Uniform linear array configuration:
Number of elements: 32
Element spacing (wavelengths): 0.25
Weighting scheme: hann
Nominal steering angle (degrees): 60
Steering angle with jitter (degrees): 61.831
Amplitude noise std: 0.05
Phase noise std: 0.05

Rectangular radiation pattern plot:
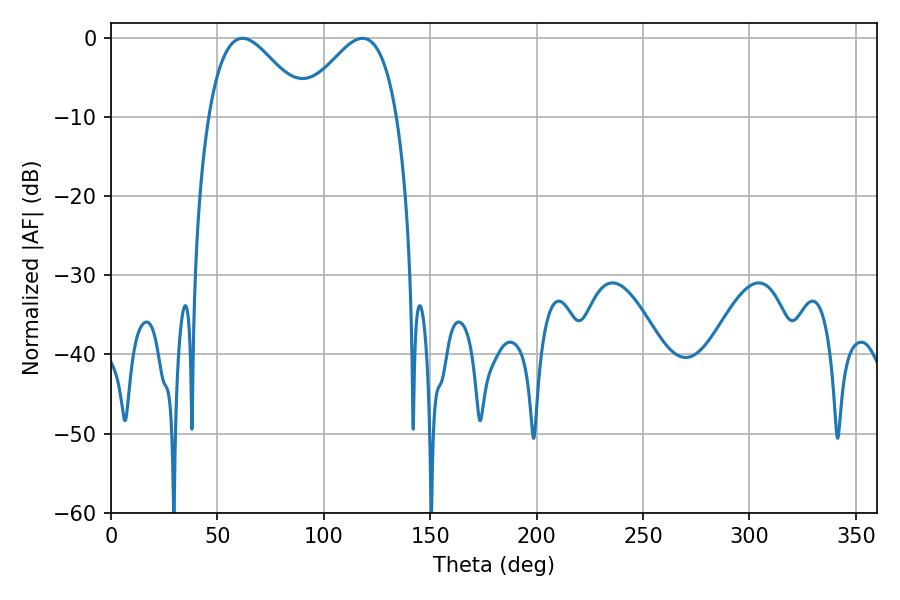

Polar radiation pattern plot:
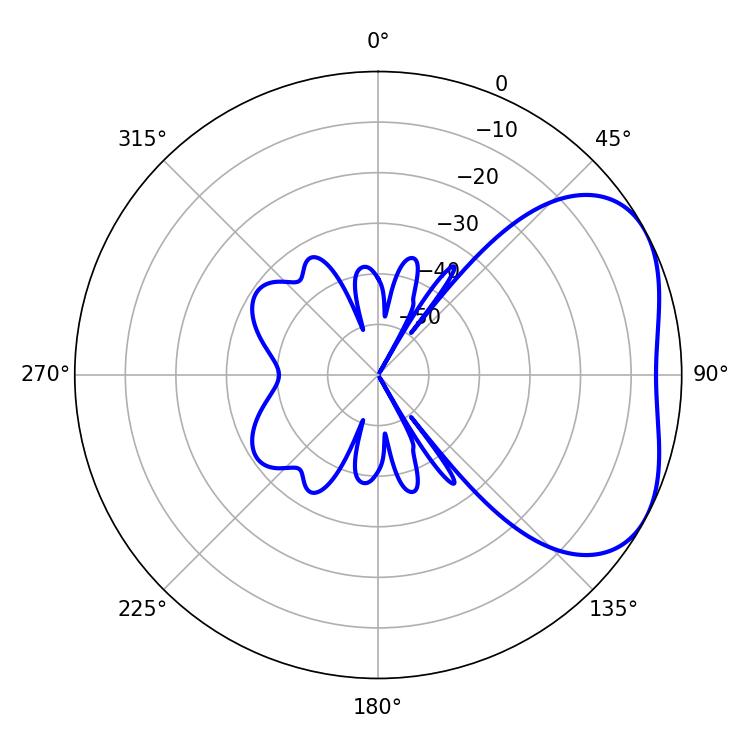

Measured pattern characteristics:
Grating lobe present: FALSE
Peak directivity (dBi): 3.794
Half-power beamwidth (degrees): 24.84
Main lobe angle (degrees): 61.74